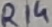
Text: R14